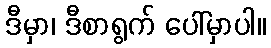
ဒီမှာ၊ ဒီစာရွက် ပေါ်မှာပါ။